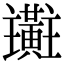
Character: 𪏜